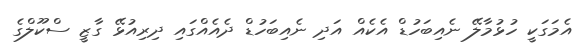
އެމަގަކީ ހުޅުމާލޭ ނެއިބަހުޑް އެކެއް އަދި ނެއިބަހުޑް ދެއެއްގައި ދިރިއުޅޭ ގާޒީ ސްކޫލްގެ